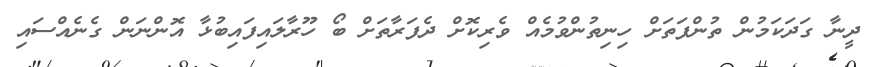
ދީނާ ގަދަކަމުން ތުންފަތަށް ހިނިތުންވުމެއް ވެރިކޮށް ދެފަރާތަށް ބޯ ހޫރާލައިފައިބުޅާ އޮންނަން ގެނެއްސައި